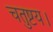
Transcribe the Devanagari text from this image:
चतुष्टय।